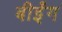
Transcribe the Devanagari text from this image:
बीईंग